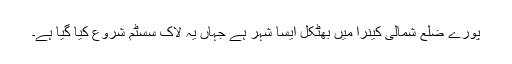
پورے ضلع شمالی کینرا میں بھٹکل ایسا شہر ہے جہاں یہ لاک سسٹم شروع کیا گیا ہے۔